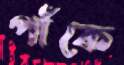
পাঁকে